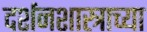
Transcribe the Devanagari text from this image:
दर्शनशास्त्राच्या